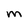
Character: M